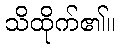
သိထိုက်၏။